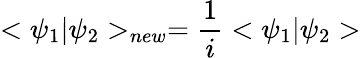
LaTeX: <\psi_{1}|\psi_{2}>_{new}=\frac{1}{i}<\psi_{1}|\psi_{2}>